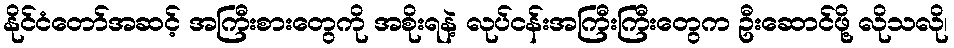
နိုင်ငံတော်အဆင့် အကြီးစားတွေကို အစိုးရနဲ့ လုပ်ငန်းအကြီးကြီးတွေက ဦးဆောင်ဖို့ လိုသလို၊